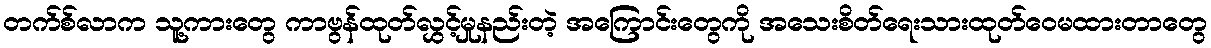
တက်စ်လာက သူ့ကားတွေ ကာဗွန်ထုတ်လွှင့်မှုနည်းတဲ့ အကြောင်းတွေကို အသေးစိတ်ရေးသားထုတ်ဝေမထားတာတွေ